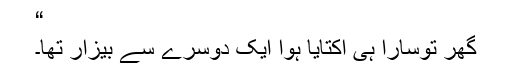
“
گھر توسارا ہی اکتایا ہوا ایک دوسرے سے بیزار تھا۔